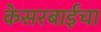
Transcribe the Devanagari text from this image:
केसरबाईंचा